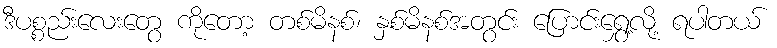
ဒီပစ္စည်းလေးတွေ ကိုတော့ တစ်မိနစ်၊ နှစ်မိနစ်အတွင်း ပြောင်းရွှေ့လို့ ရပါတယ်